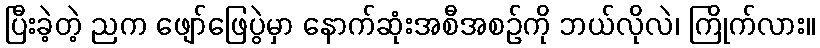
ပြီးခဲ့တဲ့ ညက ဖျော်ဖြေပွဲမှာ နောက်ဆုံးအစီအစဉ်ကို ဘယ်လိုလဲ၊ ကြိုက်လား။